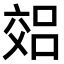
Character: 𫡽